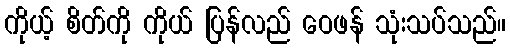
ကိုယ့် စိတ်ကို ကိုယ် ပြန်လည် ဝေဖန် သုံးသပ်သည်။